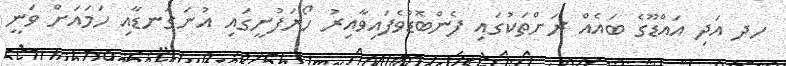
ހދ އަދި އައްޑޫގެ ބައެއް ރަށްތަކުގައި ފެންބޮޑުވެފައިވާއިރު ހޯރަފުށީގައި އުނަގަނޑާއި ހަމައަށް ވަނީ